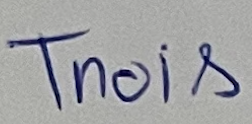
Trois